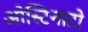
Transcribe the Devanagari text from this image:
ओस्टिनाटो